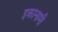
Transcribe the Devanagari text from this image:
इकानामी